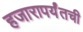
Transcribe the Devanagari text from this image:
हजारापर्यंतची